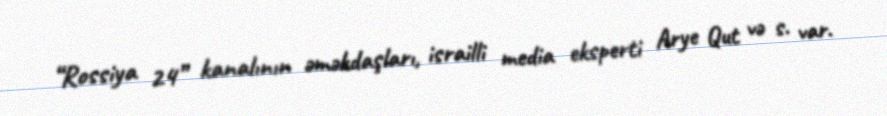
“Rossiya 24” kanalının əməkdaşları, israilli media eksperti Arye Qut və s. var.